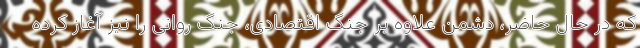
که در حال حاضر، دشمن علاوه بر جنگ اقتصادی، جنگ روانی را نیز آغاز کرده